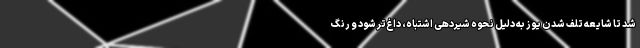
شد تا شایعه تلف شدن یوز به دلیل نحوه شیردهی اشتباه، داغ‌تر شود و رنگ